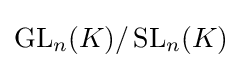
\operatorname {GL} _{n}(K)/\operatorname {SL} _{n}(K)